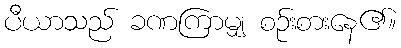
ပီယာသည် ခဏကြာမျှ စဉ်းစားနေ၏။